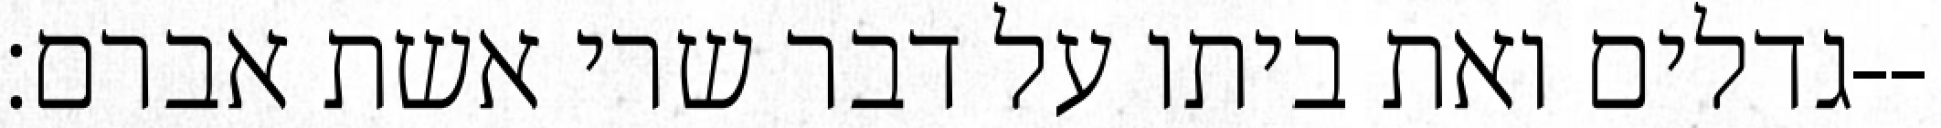
גדלים ואת ביתו על דבר שרי אשת אברם׃--